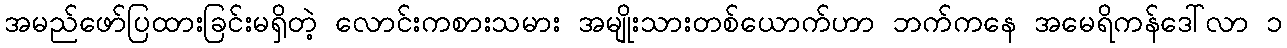
အမည်ဖော်ပြထားခြင်းမရှိတဲ့ လောင်းကစားသမား အမျိုးသားတစ်ယောက်ဟာ ဘက်ကနေ အမေရိကန်ဒေါ်လာ ၁